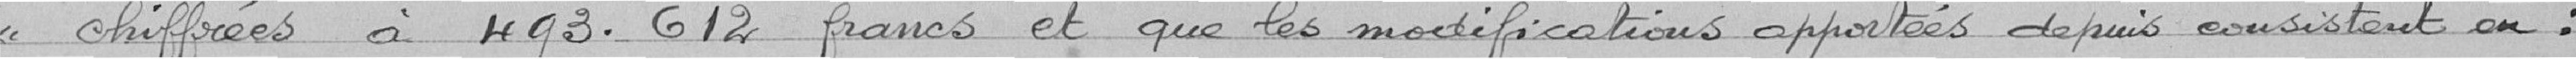
« chiffrées à 493. 612 francs et que les modifications apportées depuis consistent en :